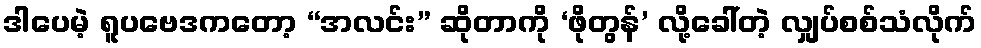
ဒါပေမဲ့ ရူပဗေဒကတော့ “အလင်း” ဆိုတာကို ‘ဖိုတွန်’ လို့ခေါ်တဲ့ လျှပ်စစ်သံလိုက်